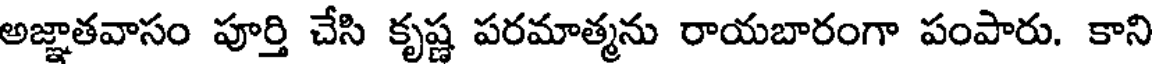
అజ్ఞాతవాసం పూర్తి చేసి కృష్ణ పరమాత్మను రాయబారంగా పంపారు. కాని